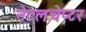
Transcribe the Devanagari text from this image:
नेटलचेप्टर